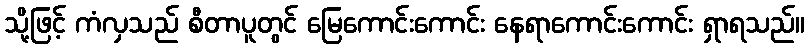
သို့ဖြင့် ကံလှသည် စီတာပူတွင် မြေကောင်းကောင်း နေရာကောင်းကောင်း ရှာရသည်။